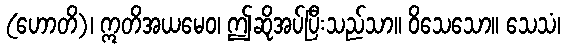
(ဟောတိ)၊ ဣတိအယမေဝ၊ ဤဆိုအပ်ပြီးသည်သာ။ ဝိသေသော။ သေသံ၊